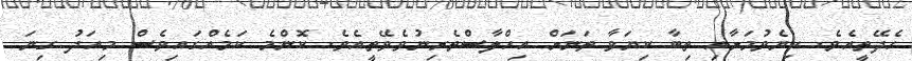
ހެދޭތީއެވެ. ކިޔެވުމަށާއި ތިބާ ކިޔަވާ ތަނަށް އިހްލާސްތެރިނުވެވޭތީއެވެ. ކޮންމެ ކަމެއްގައިވެސް މިއަދު ގިނަ